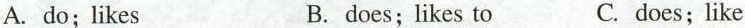
A. do; likes B. does; likes to C. does; like